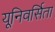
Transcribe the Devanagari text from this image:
यूनिवर्सिता